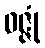
ဝဇ္ဇုံ